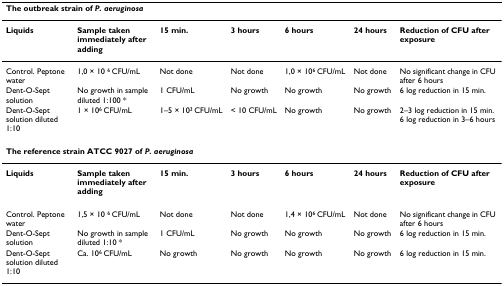
<table><thead><tr><td colspan="7"><b>The outbreak strain of <i>P. aeruginosa</i></b></td></tr></thead><tbody><tr><td><b>Liquids</b></td><td><b>Sample taken immediately after adding</b></td><td><b>15 min.</b></td><td><b>3 hours</b></td><td><b>6 hours</b></td><td><b>24 hours</b></td><td><b>Reduction of CFU after exposure</b></td></tr><tr><td>Control. Peptone water</td><td>1,0 × 10 <sup>6 </sup>CFU/mL</td><td>Not done</td><td>Not done</td><td>1,0 × 10<sup>6 </sup>CFU/mL</td><td>Not done</td><td>No significant change in CFU after 6 hours</td></tr><tr><td>Dent-O-Sept solution</td><td>No growth in sample diluted 1:100 *</td><td>1 CFU/mL</td><td>No growth</td><td>No growth</td><td>No growth</td><td>6 log reduction in 15 min.</td></tr><tr><td>Dent-O-Sept solution diluted 1:10</td><td>1 × 10<sup>6 </sup>CFU/mL</td><td>1–5 × 10<sup>3 </sup>CFU/mL</td><td>&lt; 10 CFU/mL</td><td>No growth</td><td>No growth</td><td>2–3 log reduction in 15 min. 6 log reduction in 3–6 hours</td></tr><tr><td colspan="7"><b>The reference strain ATCC 9027 of <i>P. aeruginosa </i></b></td></tr><tr><td><b>Liquids</b></td><td><b>Sample taken immediately after adding</b></td><td><b>15 min.</b></td><td><b>3 hours</b></td><td><b>6 hours</b></td><td><b>24 hours</b></td><td><b>Reduction of CFU after exposure</b></td></tr><tr><td>Control. Peptone water</td><td>1,5 × 10 <sup>6 </sup>CFU/mL</td><td>Not done</td><td>Not done</td><td>1,4 × 10<sup>6 </sup>CFU/mL</td><td>Not done</td><td>No significant change in CFU after 6 hours</td></tr><tr><td>Dent-O-Sept solution</td><td>No growth in sample diluted 1:10 *</td><td>1 CFU/mL</td><td>No growth</td><td>No growth</td><td>No growth</td><td>6 log reduction in 15 min.</td></tr><tr><td>Dent-O-Sept solution diluted 1:10</td><td>Ca. 10<sup>6 </sup>CFU/mL</td><td>No growth</td><td>No growth</td><td>No growth</td><td>No growth</td><td>6 log reduction in 15 min.</td></tr></tbody></table>